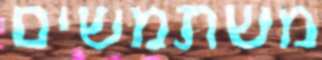
משתמשים